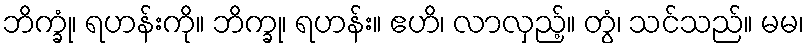
ဘိက္ခုံ၊ ရဟန်းကို။ ဘိက္ခု၊ ရဟန်း။ ဧဟိ၊ လာလှည့်။ တွံ၊ သင်သည်။ မမ၊